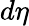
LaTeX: d\eta